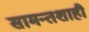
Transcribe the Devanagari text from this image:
सामन्तशाही